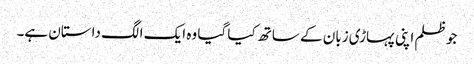
جو ظلم اپنی پہاڑی زبان کے ساتھ کیا گیا وہ ایک الگ داستان ہے۔